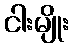
ငါးမျိုး